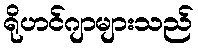
ရိုဟင်ဂျာများသည်